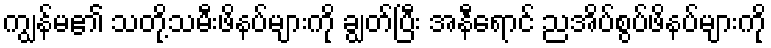
ကျွန်မ၏ သတို့သမီးဖိနပ်များကို ချွတ်ပြီး အနီရောင် ညအိပ်စွပ်ဖိနပ်များကို